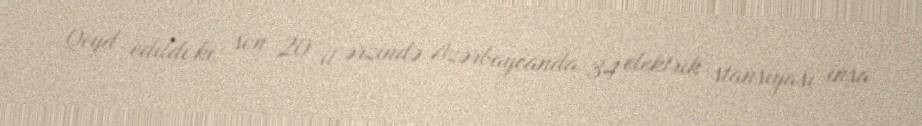
Qeyd edildi ki, son 20 il ərzində Azərbaycanda 34 elektrik stansiyası inşa